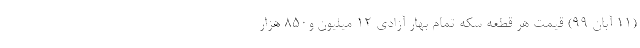
(۱۱ آبان ۹۹) قیمت هر قطعه سکه تمام بهار آزادی ۱۲ میلیون و۸۵۰ هزار